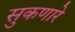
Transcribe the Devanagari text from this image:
सुकणारे